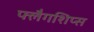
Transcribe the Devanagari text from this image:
फ्लैगशिप्‍स